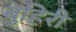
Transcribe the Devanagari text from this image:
बुहिरी